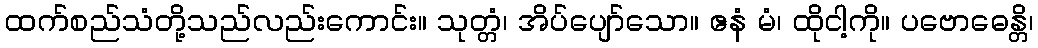
ထက်စည်သံတို့သည်လည်းကောင်း။ သုတ္တံ၊ အိပ်ပျော်သော။ ဧနံ မံ၊ ထိုငါ့ကို။ ပဗောဓေန္တိ၊